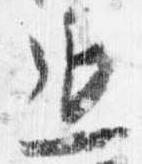
延